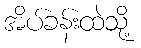
အိပ်ခန်းထဲသို့